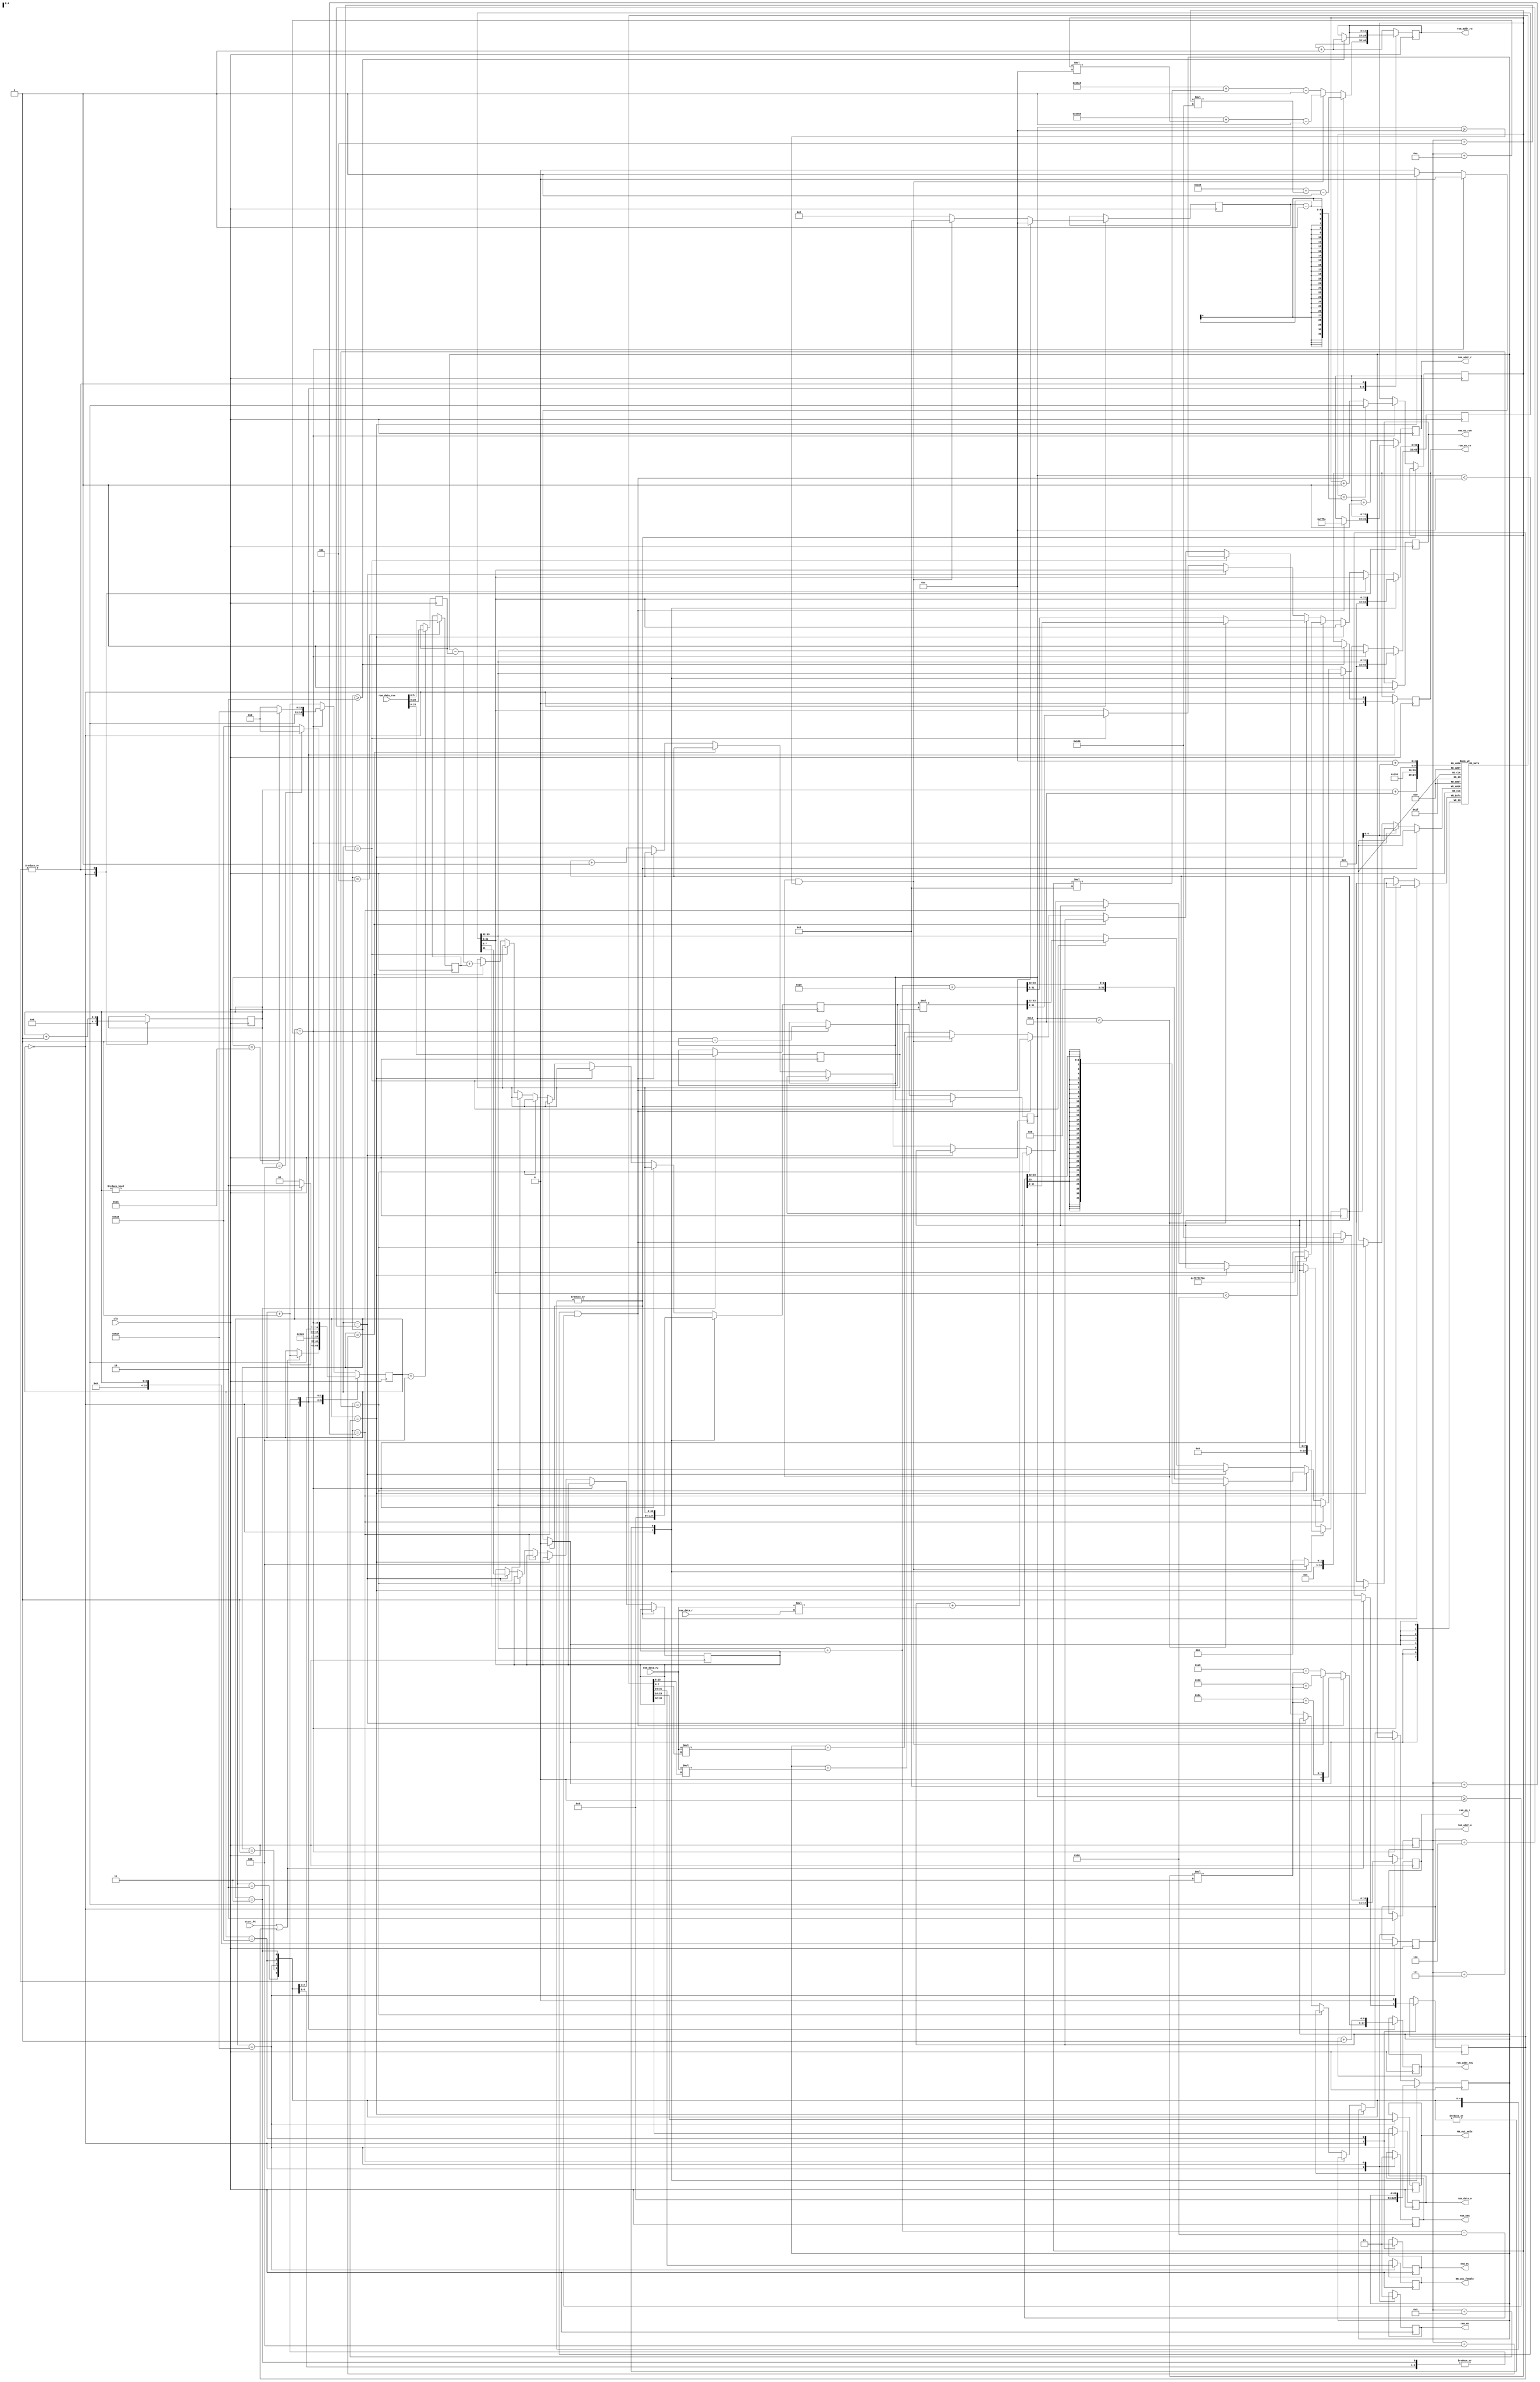
`timescale 1ns / 1ps
//////////////////////////////////////////////////////////////////////////////////
// Company: 
// Engineer: 
//   
// Design Name: 
// Module Name: MP1
// Project Name: 
// Target Devices: 
// Tool Versions: 
// Description: 
// 
// Dependencies: 
//  
// Revision:
// Revision 0.01 - File Created
// Additional Comments:
// 
//////////////////////////////////////////////////////////////////////////////////


module FC
#(

  //FC1 parameter
  parameter input_size1= 15'd1600,
  parameter out_size1= 4'd12,
  parameter weight_base1=15'd2664,
  parameter other_weight_base1=8'd108,
  
  //FC2 parameter
  parameter input_size2= 15'd12,
  parameter out_size2= 4'd8,
  parameter weight_base2=15'd21864,
  parameter other_weight_base2=8'd144,
  
  //FC3 parameter
  parameter input_size3= 15'd8,
  parameter out_size3= 4'd2,
  parameter weight_base3=15'd21960,
  parameter other_weight_base3=8'd168

  
) 
(
  input clk,
//  input rst_n,

//RAM write  
 input start_FC,
 output reg end_FC,
 output reg [15:0]ram_addr_w, 
 output reg [7:0]ram_data_w, 
 output reg ram_en,    //ram_enable
 output reg ram_wea,   //ram write enable
//ROM other weight
 output reg [8:0]rom_addr_row,
 input  [31:0]rom_data_row,
 output reg rom_en_row,
 
 //ROM read weight
 output reg [14:0]rom_addr_rw,
 input  [7:0]rom_data_rw,
 output reg rom_en_rw, 

//RAM read 
 output reg [15:0]ram_addr_r,
 input  [7:0]ram_data_r,
 output reg ram_en_r,
 
 output reg [7:0]NN_out_male,
 output reg [7:0]NN_out_female
 
 
);

//queue reg
integer i;
reg [3:0] t;

//FC2-FC3
/////////////////////////
reg signed[7:0] ans [21:0];
reg [4:0]num;
reg [7:0]num_reg;
reg [14:0]input_size;
reg [3:0]out_size;
/////////////////////////

reg [3:0]filter_num;
reg end_flag;
reg [14:0]cur_state;
reg [63:0]sum_reg;
//reg [14:0]next_state;
reg start_mp;

//fFC  reg
reg signed [63:0] q1q2_sum;
reg round;
reg signed [63:0]q3;

//other weight
reg signed [25:0]M0;
reg signed [20:0]Z1a2;
reg signed [5:0]bias;
//reg [15:0] count;
//reg [15:0]ram_addr_write;
//always @(posedge clk )begin //calculate
//    if(start_FC && start_mp==0)begin
//        start_mp<=1;
//        next_state<=11'd0;
//    end

//end
initial begin
cur_state=11'd0;
filter_num = 4'd0;
for(i=0;i<5'd22;i=i+1)
    ans[i]<=1;
num_reg=0;    
num=0;
start_mp=0;
end
always @(negedge clk)begin //calculate
        //read data
        //cur_state=next_state;
             
        case(cur_state)
            11'd0:begin
                
                if(start_FC || start_mp)begin
                    cur_state <= cur_state+1;
                    start_mp<=1;
                end
                else
                    cur_state<=cur_state;
                    
                if(num<5'd12 && num>=0)begin //FC1
                    ram_addr_r<=-2; //start from addr 0
                    rom_addr_rw <= weight_base1+filter_num * input_size1-1; //base addres  of filter weight
                    rom_addr_row <= other_weight_base1+filter_num * 9'd3; // base address of filter other weight
                    input_size<=input_size1;
                    out_size<=out_size1;
                end
                else if(num<5'd20&&num>=5'd12)begin //FC2
                    rom_addr_rw <= weight_base2+filter_num * input_size2-1; //base addres  of filter weight
                    rom_addr_row <= other_weight_base2+filter_num * 9'd3; // base address of filter other weight
                    input_size<=input_size2;
                    out_size<=out_size2;
                end
                else begin //FC3
                    rom_addr_rw <= weight_base3+filter_num * input_size3-1; //base addres  of filter weight
                    rom_addr_row <= other_weight_base3+filter_num * 9'd3; // base address of filter other weight
                    input_size<=input_size3;
                    out_size<=out_size3;
                end 
                t<=0;
                num_reg<=0;
                q3<=0;
                q1q2_sum<=0;
                rom_en_rw <= 1'd0;
                rom_en_row <= 1'd1;
                ram_en<=1'b0;
                ram_wea<=1'b0;
                ram_en_r<=1'b1;
                end_FC<=0;
                sum_reg<=0;
              
            end
            11'd1,11'd2,11'd3:begin //read data[0]
                 cur_state<= cur_state+1;
                 ram_addr_r<=ram_addr_r+1;
                 if(cur_state>=11'd2)begin
                    rom_addr_rw <= rom_addr_rw + 11'd1;
                    rom_en_rw <= 1'd1;
                 end
                 rom_addr_row <= rom_addr_row + 9'd1;
            end
            11'd1700:begin //end
                ram_addr_w<=t;
                ram_data_w<=ans[t+5'd20];
                NN_out_female<=ans[5'd20];
                NN_out_male<=ans[5'd21];
                ram_en<=1'b1;
                ram_wea<=1'b1;
                ram_en_r<=1'b0;
                if(t) // ifmap_w+2
                    cur_state<=11'd1702;
                else
                    cur_state<=11'd1700;
                t<=t+1;
            end
            11'd1702:begin //end_FC
                end_FC<=1;
                start_mp<=0;
                if(t==4'd4)
                    cur_state<=11'd0;
                else
                    cur_state<=11'd1702;   
                t<=t+1;
            end
            default:begin
                rom_addr_rw <= rom_addr_rw + 11'd1;
                cur_state<=cur_state+1;
                ram_addr_r<=ram_addr_r+1;
                
                if(cur_state == (input_size+4'd10))begin
                    if(num==5'd21)
                        cur_state<=12'd1700;
                    else
                        cur_state<=0;
                    
                    num<=num+1;
 
                    if(filter_num==(out_size-1))
                        filter_num<=0;    
                    else
                        filter_num<=filter_num+1;
                        
                end
                else if(cur_state == (input_size+9))begin
                    ans[num]<= q3[7:0];
                end
                else if(cur_state == (input_size+8))begin
                    if($signed(q3[31:0]) < -32'sd128) begin
                        q3[31:0] <= -32'd128;
                    end    
                end
                else if(cur_state == (input_size+7))begin
                    if(num<5'd20)
                        q3 <= (q3 >> 32) + round- 32'd128;
                    else
                        q3 <= (q3 >> 32) + round+ 32'd41; //conv3
                end
                else if(cur_state == (input_size+6))begin
                    round <= q3[31];
                end
                else if(cur_state == (input_size+5))begin
                    q3 <= M0 * sum_reg;
                end
                else if(cur_state == (input_size+4))begin
                    sum_reg<=(q1q2_sum - Z1a2 + bias);
                end
//                else if(cur_state == (input_size+4))begin

//                    q3 = M0 * (q1q2_sum - Z1a2 + bias);
                    
//                    round = q3[31];
//                    if(num<5'd20)
//                        q3 = (q3 >> 32) + round- 32'd128;
//                    else
//                        q3 = (q3 >> 32) + round+ 32'd41; //conv3
                    
//                    if($signed(q3[31:0]) < -32'sd128) begin
//                        q3[31:0] = -32'd128;
//                    end
//                    ans[num]= q3[7:0];
//                end
                else begin
                    if(num<5'd12&&num>=0)  
                        q1q2_sum<=q1q2_sum + $signed(rom_data_rw) * $signed(ram_data_r);
                    else if(num<5'd20&&num>=5'd12)begin
                        q1q2_sum<=q1q2_sum+$signed(rom_data_rw) * ans[num_reg];
                        num_reg<=num_reg+1;    
                    end
                    else begin
                        q1q2_sum<=q1q2_sum+$signed(rom_data_rw) * ans[5'd12+num_reg];
                        num_reg<=num_reg+1;    
                end    
             end
            end
            
            
        endcase        
end



always@(posedge clk ) begin
    case(cur_state)
        11'd3:begin
            M0 <= rom_data_row;
        end
        11'd4:begin
            Z1a2 <= rom_data_row;
        end
        11'd5:begin
            bias <= rom_data_row;
        end
        default:begin
            bias = bias;
        end
    endcase
end
endmodule